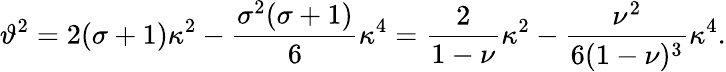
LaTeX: \vartheta^{2}=2(\sigma+1)\kappa^{2}-\frac{\sigma^{2}(\sigma+1)}{6}\kappa^{4}=\frac{2}{1-\nu}\kappa^{2}-\frac{\nu^{2}}{6(1-\nu)^{3}}\kappa^{4}.